system: You are a helpful assistant.
user:
Analyze the provided spectrum to determine if it is a **Carbon Star (C-type)**.

- **Key Visual Indicators of Carbon Star:**
    - **(Primary):** Strong molecular absorption from **C₂ (diatomic carbon) "Swan Bands."** This is the **defining feature** of a carbon star.
        - **(Key Bandheads):** Sharp absorption edges are visible at approximately $5635$ Å, $5165$ Å (the strongest band), and $4737$ Å.
        - **(Line Profile):** Creates a distinct **"saw-tooth"** pattern. The key morphology is a sharp, steep bandhead on the **red (long-wavelength) side**, which then gradually tapers off (i.e., flux recovers) towards the **blue (short-wavelength) side**. *(This is the direct opposite of the TiO bands seen in M-type stars)*.

    - **(Secondary):** Intense **CN (cyanogen)** molecular absorption bands.
        - **(Key Bandheads):** Located in the blue and violet regions of the spectrum (e.g., near $4215$ Å and $3883$ Å).
        - **(Morphology):** These bands are extremely broad and act as a "blanket," absorbing the vast majority of blue and violet light. This creates a characteristic **"cliff"** or **"steep drop-off"** in the spectrum's flux at short wavelengths.

    - **(Key Confirmation):** Strong **CH absorption band (G-band)**.
        - **(Key Bandhead):** Located around $4300$ Å. The contribution from CH molecules to this band is exceptionally strong.

    - **(Overall Spectrum):**
        - The continuum is severely "chopped up" by these deep molecular bands, especially C₂, rather than appearing as a smooth curve.
        - Due to the heavy CN and C₂ absorption in the blue-green, the vast majority of the star's flux is concentrated in the red part of the spectrum, giving the star its characteristic deep red color.

Think first, call **spectral_visualization_tool** if needed to examine features in detail, then provide your final answer. Your response must adhere to the following strict rules:
1.  **Overall Structure:** Your response must follow the format `<think>...</think> <tool_call>...</tool_call> (if a tool is used) <answer>...</answer>`.
2.  **Tool Usage Constraint:** You may only make **one** tool call per turn.
3.  **Final Answer Format:** In the `<answer>` tag, your conclusion must be inside a `\boxed{}` command (e.g., `\boxed{YES}`), followed by your justification.

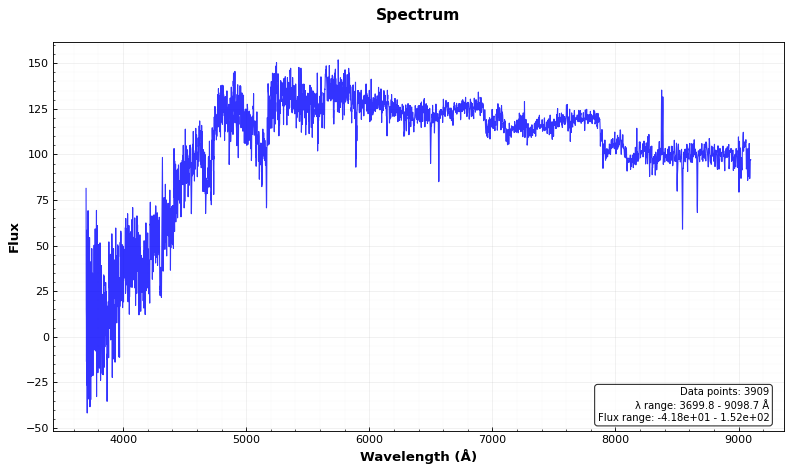
Answer: YES